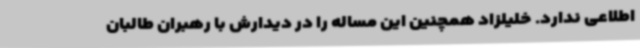
اطلاعی ندارد. خلیلزاد همچنین این مساله را در دیدارش با رهبران طالبان